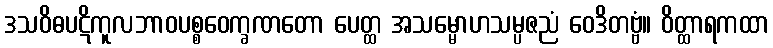
ဒသဝိဓပဋိကူလဘာဝပစ္စဝေက္ခဏတော ပေတ္ထ အသမ္မောဟသမ္ပဇညံ ဝေဒိတဗ္ဗံ။ ဝိတ္ထာရကထာ